Treatise on elephants
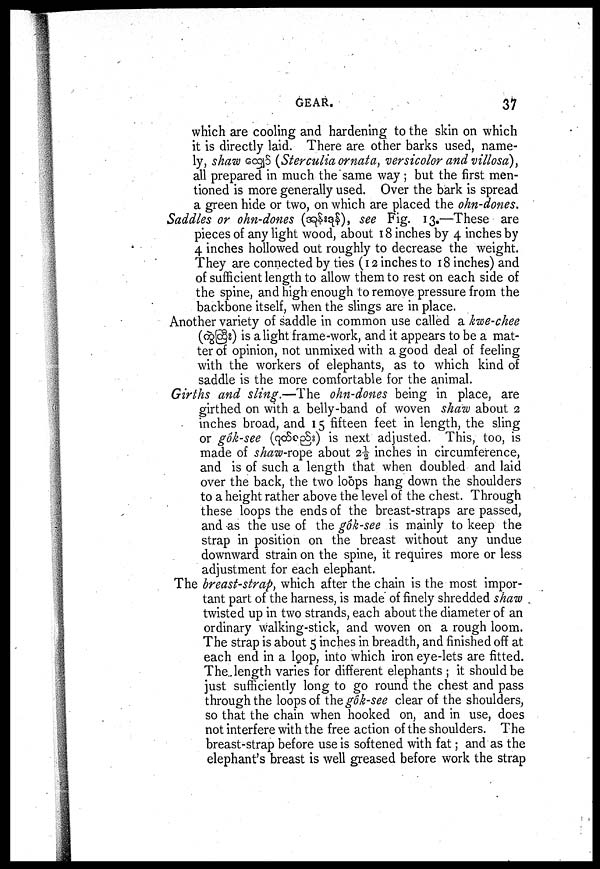
GEAR.
37
which are cooling and hardening to the skin on which
it is directly laid. There are other barks used, name-
ly, shaw
(Sterculia ornata, versicolor and villosa),
all prepared in much the same way; but the first men-
tioned is more generally used. Over the bark is spread
a green hide or two, on which are placed the ohn-dones.
Saddles or ohn-dones (
), see Fig. 13.—These are
pieces of any light wood, about 18 inches by 4 inches by
4 inches hollowed out roughly to decrease the weight.
They are connected by ties (12 inches to 18 inches) and
of sufficient length to allow them to rest on each side of
the spine, and high enough to remove pressure from the
backbone itself, when the slings are in place.
Another variety of saddle in common use called a kwe-chee
(
) is alight frame-work, and it appears to be a mat-
ter of opinion, not unmixed with a good deal of feeling
with the workers of elephants, as to which kind of
saddle is the more comfortable for the animal.
Girths and sling.—The ohn-dones being in place, are
girthed on with a belly-band of woven shaw about 2
inches broad, and 15 fifteen feet in length, the sling
or gôk-see (
) is next adjusted. This, too, is
made of shaw-rope about 2½ inches in circumference,
and is of such a length that when doubled and laid
over the back, the two loops hang down the shoulders
to a height rather above the level of the chest. Through
these loops the ends of the breast-straps are passed,
and as the use of the gôk-see is mainly to keep the
strap in position on the breast without any undue
downward strain on the spine, it requires more or less
adjustment for each elephant.
The breast-strap, which after the chain is the most impor-
tant part of the harness, is made of finely shredded shaw
twisted up in two strands, each about the diameter of an
ordinary walking-stick, and woven on a rough loom.
The strap is about 5 inches in breadth, and finished off at
each end in a loop, into which iron eye-lets are fitted.
The length varies for different elephants ; it should be
just sufficiently long to go round the chest and pass
through the loops of the gôk-see clear of the shoulders,
so that the chain when hooked on, and in use, does
not interfere with the free action of the shoulders. The
breast-strap before use is softened with fat ; and as the
elephant's breast is well greased before work the strap